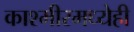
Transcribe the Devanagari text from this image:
काश्मीरमध्येही